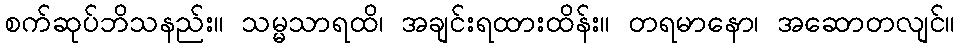
စက်ဆုပ်ဘိသနည်း။ သမ္မသာရထိ၊ အချင်းရထားထိန်း။ တရမာနော၊ အဆောတလျင်။